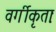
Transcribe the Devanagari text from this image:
वर्गीकृताः